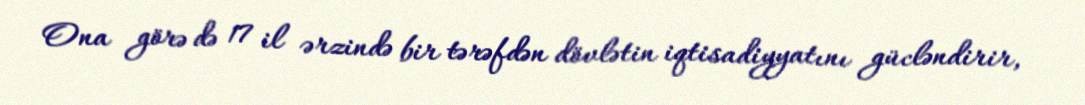
Ona görə də 17 il ərzində bir tərəfdən dövlətin iqtisadiyyatını gücləndirir,